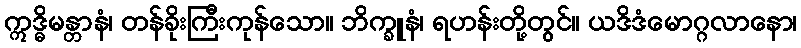
ဣဒ္ဓိမန္တာနံ၊ တန်ခိုးကြီးကုန်သော။ ဘိက္ခူနံ၊ ရဟန်းတို့တွင်။ ယဒိဒံမောဂ္ဂလာနော၊